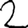
Digit: 2